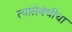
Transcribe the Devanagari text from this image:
त्यासंबंधीचा